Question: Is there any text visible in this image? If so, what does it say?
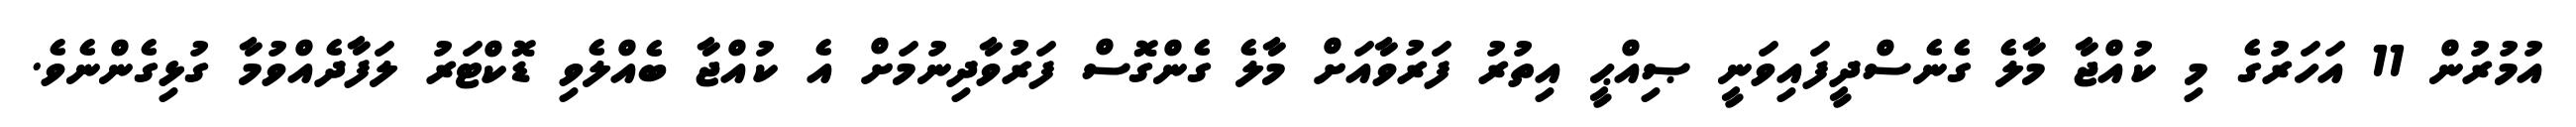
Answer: އުމުރުން 11 އަހަރުގެ މި ކުއްޖާ މާލެ ގެނެސްދީފައިވަނީ ޞިއްޙީ އިތުރު ފަރުވާއަށް މާލެ ގެންގޮސް ފަރުވާދިނުމަށް އެ ކުއްޖާ ބެއްލެވި ޑޮކްޓަރު ލަފާދެއްވުމާ ގުޅިގެންނެވެ.